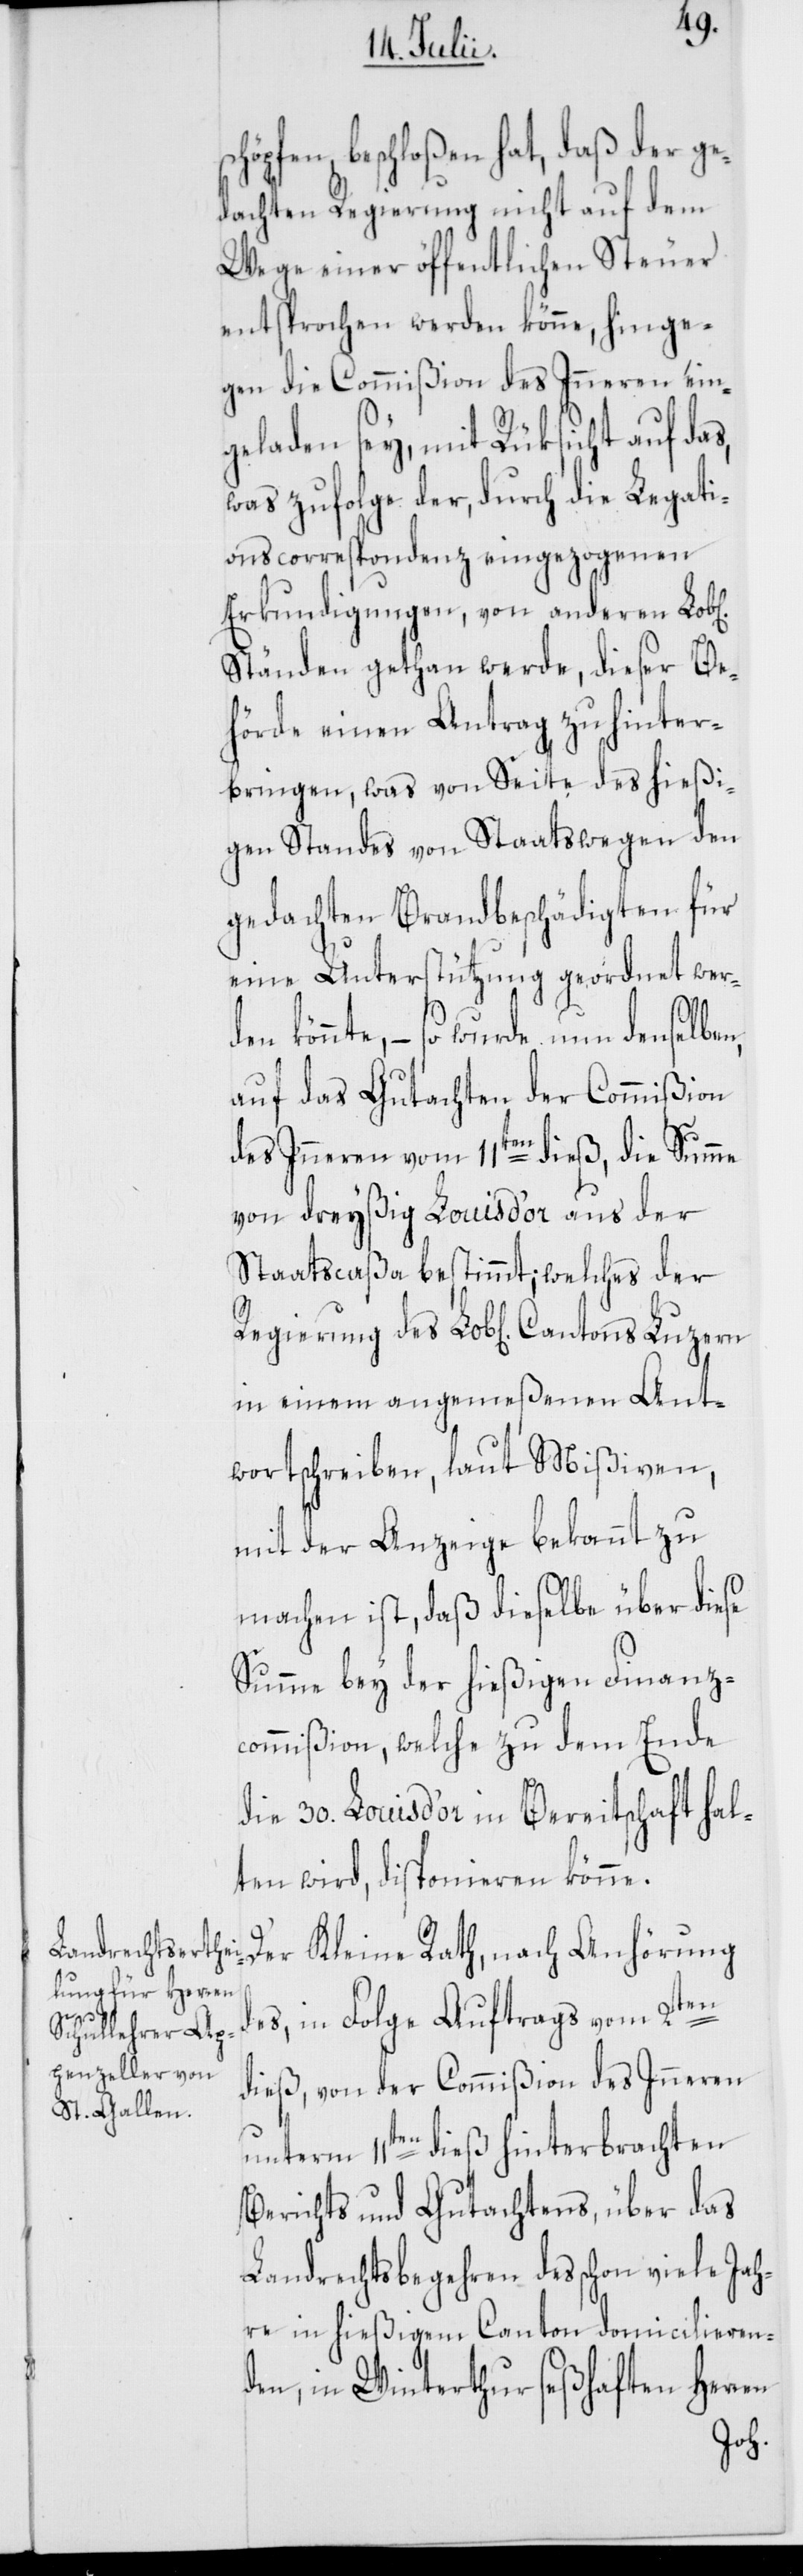
öpfen, beschloßen hat, daß der ge¬
dachten Regierung nicht auf dem
Wege einer öffentlichen Steuer
entsprochen werden könne, hinge¬
gen die Commißion des Inneren ein¬
geladen sey, mit Rüksicht auf das,
was zufolge der, durch die Legati¬
onscorrespondenz eingezogenen
Erkundigungen, von anderen Lob[l¬
Ständen gethan werde, dieser Be¬
hörde einen Antrag zu hinter¬
bringen, was von Seite des hießi¬
gen Standes von Staatswegen den
gedachten Brandbeschädigten für
eine Unterstützung geordnet werd¬
en könnte, – so wurde nun denselbe¬
auf das Gutachten der Commißion
des Inneren vom 11ten dieß, die Summe
von dreyßig Louis d’or aus der
Staatscaßa bestimmt; welches der
in einem angemeßenen Ant¬
wortschreiben, laut Mißiven,
mit der Anzeige bekannt zu
machen ist, daß dieselbe über diese
Summe bey der hießigen Finanz¬
commißion, welche zu dem Ende
die 30. Louis d’or in Bereitschaft hal¬
ten wird, disponieren könne.
Der Kleine Rath, nach Anhörung
n,
des, in Folge Auftrags vom 2ten
dieß, von der Commißion des Inneren
unterm 11ten dieß hinterbrachten
Berichts und Gutachtens, über das
Landrechtsbegehren des schon viele Jah¬
re in hießigem Canton domicilieren¬
den, in Winterthur seßhaften Herren
en]